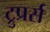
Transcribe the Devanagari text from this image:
ट्रुप्रर्स